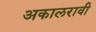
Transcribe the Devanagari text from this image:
अकालरावी